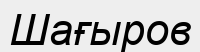
Шағыров